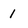
Character: 1